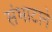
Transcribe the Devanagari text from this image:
संभाटाने